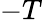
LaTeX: -T